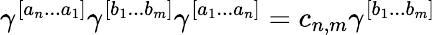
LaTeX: \gamma^{[a_{n}...a_{1}]}\gamma^{[b_{1}...b_{m}]}\gamma^{[a_{1}...a_{n}]}=c_{n,m}\gamma^{[b_{1}...b_{m}]}